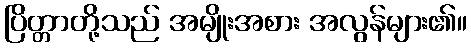
ပြိတ္တာတို့သည် အမျိုးအစား အလွန်များ၏။